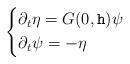
LaTeX: \begin{align*} \left\{\begin{aligned}&\partial_t \eta = G(0, {\mathtt h})\psi \\&\partial_t\psi = - \eta \end{aligned}\right.\end{align*}